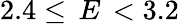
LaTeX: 2.4\leq\, E\, <3.2